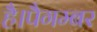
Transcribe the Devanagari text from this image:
है।पैगम्बर